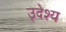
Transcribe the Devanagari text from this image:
उ्देश्य